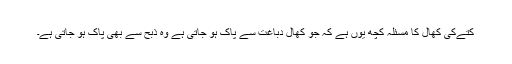
کتےکی کھال کا مسئلہ کچھ یوں ہے کہ جو کھال دباغت سے پاک ہو جاتی ہے وہ ذبح سے بھی پاک ہو جاتی ہے۔